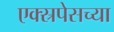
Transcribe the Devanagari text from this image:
एक्स्रपेसच्या